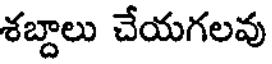
శబ్దాలు చేయగలవు